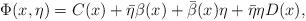
LaTeX: \begin{align*}\Phi(x,\eta)=C(x)+\bar{\eta}\beta(x)+\bar{\beta}(x)\eta+\bar{\eta}\eta D(x),\end{align*}